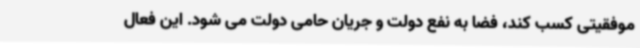
موفقیتی کسب کند، فضا به نفع دولت و جریان حامی دولت می شود. این فعال